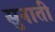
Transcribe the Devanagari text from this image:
सुनातीं